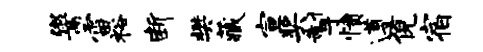
鬻雷裕断樊藏宣奖掣愤遵倪宿